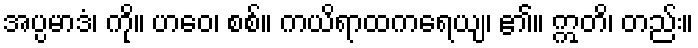
အပ္ပမာဒံ၊ ကို။ ဟဝေ၊ စစ်။ ကယိရာထကရေယျ၊ ၏။ ဣတိ၊ တည်း။